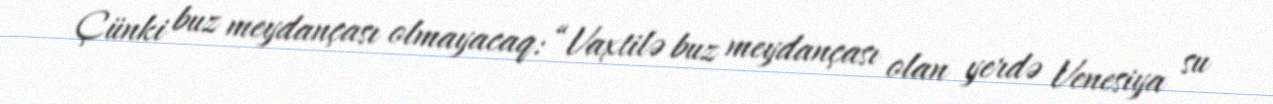
Çünki buz meydançası olmayacaq: “Vaxtilə buz meydançası olan yerdə Venesiya su